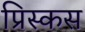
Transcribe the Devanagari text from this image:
प्रिस्कस